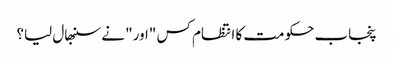
پنجاب حکومت کا انتظام کس "اور" نے سنبھال لیا؟